Annual statistical returns and brief notes on vaccination in Bengal - 1896-1909
Year: 1896
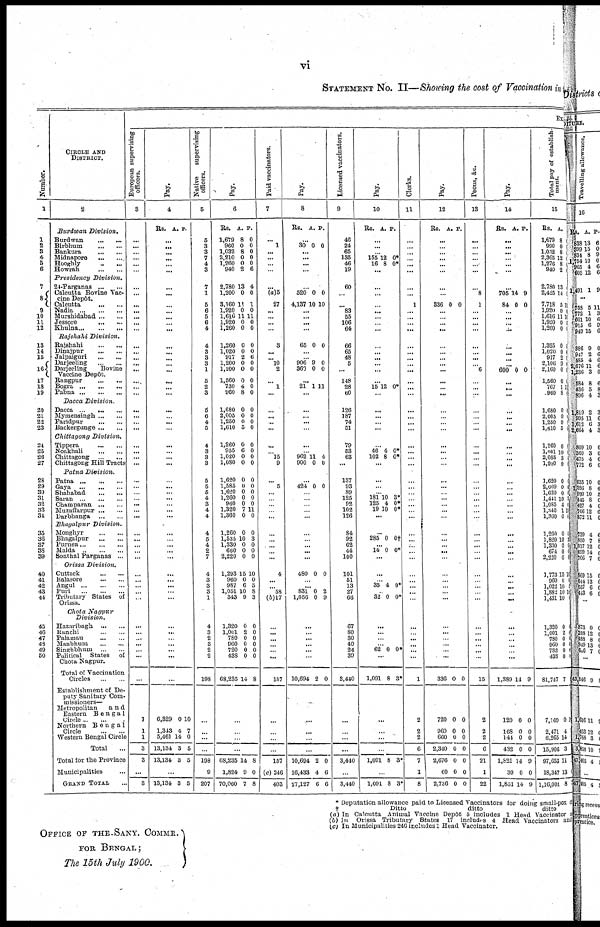
vi
STATEMENT NO. II—Showing the cost of Vaccination in
Number.
1
1
2
3
4
5
6
7
8
9
10
11
12
13
14
15
16
17
18
19
20
21
22
23
24
25
26
27
28
29
30
31
32
33
34
35
36
37
38
39
40
41
42
43
44
45
46
47
43
49
50
CIRCLE AND
DISTRICT.
2
Burdwan
Division.
Burdwan...
...
Birbhum...
...
Bankura...
...
Midnapore...
...
Hooghly...
...
Howrah...
...
Presidency
Division.
24-Parganas...
...
Calcutta Bovine Vac-
cine Depôt.
Calcutta...
...
Nadia... ...
Murshidabad...
...
Jessore...
...
Khulna...
...
Rajshahi
Division.
Rajshahi...
...
Dinajpur...
...
Jalpaiguri...
...
Darjeeling...
...
Darjeeling
Bovine
Vaccine Depôt.
Rangpur...
...
Bogra...
...
Pabna...
...
Dacca
Division.
Dacca...
...
Mymensingh...
...
Faridpur...
...
Backergunge...
...
Chittagong
Division.
Tippera...
...
Noakhali...
...
Chittagong...
...
Chittagong Hill Tracts
Patna
Division.
Patna...
...
Gaya...
...
Shahabad...
...
Saran...
...
Champaran...
...
Muzaffarpur...
...
Darbhanga...
...
Bhagalpur
Division.
Monghyr...
...
Bhagalpur...
...
Purnea...
...
Malda...
...
Sonthal Parganas... ...
Orissa
Division.
Cuttack...
...
Balasore...
...
Angul...
...
Puri...
...
Tributary States of
Orissa.
Chota
Nagpur
Division.
Hazaribagh...
...
Ranchi...
...
Palamau...
...
Manbhum...
...
Singhbhum...
...
Political
States
of
Chota Nagpur.
Total of Vaccination
Circles...
...
Establishment of De-
puty Sanitary Com-
missioners—
Metropolitan
and
Eastern
Bengal
Circle... ...
Northern
Bengal
Circle...
...
Western Bengal Circle
Total...
Total for the Province
Municipalities...
GRAND TOTAL
Ex
European supervising
officers.
3
...
...
...
...
...
...
...
...
...
...
...
... ...
...
...
... ...
...
...
... ...
...
...
... ...
...
...
...
...
...
...
...
... ...
...
...
...
...
...
...
...
...
... ...
...
...
...
...
... ...
...
...
...
3
1
1
3
3
...
3
Pay.
4
Rs.
A.
P.
...
...
...
... ...
...
... ...
...
...
...
... ...
... ...
... ... ...
...
... ...
...
...
...
...
...
... ...
...
... ...
...
...
...
...
...
...
... ...
...
...
...
...
...
...
...
...
...
... ... ...
...
...
6,329
1,343
5,461
13,134
13,134
0
4
14
3
3
10
7
0
5
5
...
13,134 3 5
Native
supervising
officers.
5
5
3
3
7
4
3
7
1
5
6
5
6
4
4
3
3
3
1
5
2
3
5
6
4
5
4
3
3
3
5
5
5
4
3
4
4
4
5
4
2
7
4
3
3
3
1
4
3
2
3
2
2
198
...
...
...
...
108
9
207
Pay.
6
Rs.
1,679
960
1,032
2,210
1,260
940
A.
8
0
8
0
0
2
P.
0
0
0
0
0
6
2,780
1,200
3,160
1,920
1,616
1,920
1,260
13
0
11
0
11
0
0
4
0
1
0
11
0
0
1,260
1,020
917
1,200
1,200
1,560
730
960
0
0
2
0
0
0
4
8
0
0
6
0
0
0
0
0
1,680
2,005
1,250
1,610
0
0
0
5
0
0
0
0
1,260
955
1,020
1,080
0
6
0
0
0
0
0
0
1,620
1,585
1,620
1,260
960
1,320
1,360
0
0
0
0
0
7
0
0
0
0
0
0
11
0
1,260
1,535
1,330
660
2,220
0
10
0
0
0
0
3
0
0
0
1,293
960
987
1,051
343
15
0
6
10
9
10
0
5
8
3
1,320
1,001
780
960
720
438
68,235
0
2
0
0
0
0
14
0
0
0
0
0
0
8
...
...
...
...
68,235
1,824
70,060
14
9
7
8
0
8
Paid vaccinators.
7
... 1
...
...
...
...
... (a)5
27
...
...
...
...
3
...
... 10
2
... 1
...
... ... ...
...
...
... 15
9
... 5
...
...
...
... ...
... ...
...
... ...
4
...
... 58
(b)17
...
...
...
...
... ...
157
...
...
...
...
157
(c)246
403
Pay.
8
Rs.
A.
P.
...
30 0 0
...
...
...
...
...
520
4,137
0
10
0
10
...
...
...
...
65 0 0
...
... 906
360
9
0
0
0
...
21 1 11
...
...
...
...
...
...
... 962
900
11
0
4
0
...
424 0 0
...
...
...
... ...
...
... ... ...
...
480 0 0
... ...
831
1,056
0
0
2
9
...
... ... ...
...
...
10,694 2 0
...
...
...
...
10,694
16,433
27,127
2
4
6
0
6
6
Licensed vaccinators.
9
46
24
65
135
46
19
60
...
... 83
55
106
64
66
65
48
5
...
148
28
60
126
187
74
51
79
53
63
...
137
93
89
125
92
102
126
84
92
62
44
100
101
51
13
27
66
67
80
30
40
24
39
3,440
...
...
...
...
3,440
...
3,440
Pay.
10
Rs. A. P.
...
...
... 155
16
12
8
0*
0*
...
...
...
...
...
...
... ...
...
...
...
...
...
...
15 12 0*
...
...
...
...
...
...
46
102
4
8
0*
0*
...
...
...
... 181
125
19
10
4
10
3* 0* 0*
...
...
285 0 0†
...
14 0 0*
...
...
... 35 4 0*
... 32 0 0*
...
...
... ... 62 0 0*
...
1,091 8 3*
...
...
...
...
1,091 8 3*
...
1,091 8 3*
Clerks.
11
...
...
...
... ...
...
...
...
1
...
...
... ...
...
...
...
...
...
...
...
...
...
...
...
...
...
...
...
...
...
... ...
... ...
... ...
...
...
... ...
...
...
...
... ...
...
...
... ... ...
...
...
1
2
2
2
6
7
1
8
Pay.
12
Rs. A. P.
...
... ...
...
...
...
...
...
336 0 0
...
...
... ...
... ...
...
...
...
...
...
...
...
...
...
...
...
...
... ...
...
...
... ...
...
...
...
... ...
...
...
...
...
... ...
... ...
...
...
... ...
... ...
336 0 0
720
960
660
2,340
2,676
60
2,736
0
0
0
0
0
0
0
0
0
0
0
0
0
0
Peons, &c.
13
...
...
...
...
... ...
... 8
1
...
...
...
...
...
... ...
... 6
...
... ...
...
...
... ...
...
...
...
...
...
...
... ...
... ...
...
...
... ...
... ...
...
... ...
... ...
...
...
...
... ...
...
15
2
2
2
6
21
1
22
Pay.
14
Rs. A. P.
...
...
...
...
...
...
...
705
84
14
0
9
0
...
...
...
...
...
...
... ...
600 0 0
...
... ...
...
...
...
...
...
...
... ...
... ...
...
...
...
...
...
...
...
...
......
...
...
... ...
...
...
...
...
...
...
... ...
1,389 1
9
120
168
144
432
1,821
30
1,851
0
0
0
0
14
0
14
0
0
0
0
9
0
9
Total pay of establish-
ment.
15
Rs.
1,679
990
1,032
2,365
1,276
940
2,780
2,425
7,718
1,920
1,616
1,920
1,260
A.
8
0
8
12
8
2
13
14
5
0
11
0
0
1
1
1,325
1,020
917
2,106
2,160
1,560
767
960
0
0
2
9
0
0
1
8
1
1,680
2,005
1,250
1,610
1,260
1,001
2,085
l,980
1,620
2,009
1,620
1,441
1,085
1,340
1,360
1,260
1,820
1,330
674
2,220
1,773
960
1,022
1,882
1,431
0
0
0
5
0
10
3
0
0
0
0
10
4
1
0
0
10
0
0
0
15
0
10
10
10
11
4
1
1
1,320
1,001
780
960
782
438
81,747
0
2
0
0
0
0
7
7,169
2,471
6,263
15,906
97,653
18,347
1,16,001
0
4
14
3
11
13
8
1
* Deputation allowance paid to Licensed Vaccinators for doing small-pox d
†
Ditto
ditto
ditto
(a) In Calcutta Animal Vaccine Depôt 5 includes 1 Head Vaccinator
(b) In Orissa Tributary States 17 includes 4 Head Vaccinators and
(c) In municipalities 246 includes 1 Head Vaccinator.
OFFICE OF THE SANY. COMMR.
FOR BENGAL;
The 15th July 1900.